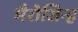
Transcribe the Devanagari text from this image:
भैरोसिन्ह